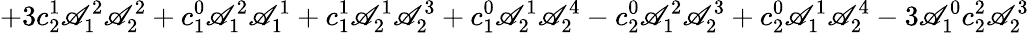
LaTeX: +3c_{2}^{1}\mathscr{A}_{1}^{2}\mathscr{A}_{2}^{2}+c_{1}^{0}\mathscr{A}_{1}^{2}\mathscr{A}_{1}^{1}+c_{1}^{1}\mathscr{A}_{2}^{1}\mathscr{A}_{2}^{3}+c_{1}^{0}\mathscr{A}_{2}^{1}\mathscr{A}_{2}^{4}-c_{2}^{0}\mathscr{A}_{1}^{2}\mathscr{A}_{2}^{3}+c_{2}^{0}\mathscr{A}_{1}^{1}\mathscr{A}_{2}^{4}-3\mathscr{A}_{1}^{0}c_{2}^{2}\mathscr{A}_{2}^{3}